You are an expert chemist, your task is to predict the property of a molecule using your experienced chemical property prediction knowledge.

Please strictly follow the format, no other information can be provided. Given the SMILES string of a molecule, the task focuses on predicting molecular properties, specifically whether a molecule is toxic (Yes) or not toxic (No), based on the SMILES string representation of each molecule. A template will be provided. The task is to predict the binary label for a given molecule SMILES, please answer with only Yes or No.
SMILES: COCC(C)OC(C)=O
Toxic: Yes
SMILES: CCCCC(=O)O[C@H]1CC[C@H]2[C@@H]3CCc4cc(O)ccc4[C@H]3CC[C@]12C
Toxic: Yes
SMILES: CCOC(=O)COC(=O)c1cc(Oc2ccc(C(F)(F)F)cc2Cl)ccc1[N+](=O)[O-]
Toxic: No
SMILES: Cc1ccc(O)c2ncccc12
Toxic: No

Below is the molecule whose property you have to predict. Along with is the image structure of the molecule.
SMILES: Cc1cccc(Nc2ccncc2S(=O)(=O)NC(=O)NC(C)C)c1
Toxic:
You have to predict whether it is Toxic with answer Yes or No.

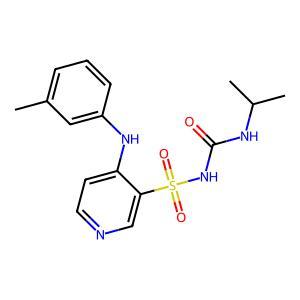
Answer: No